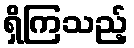
ရှိကြသည့်